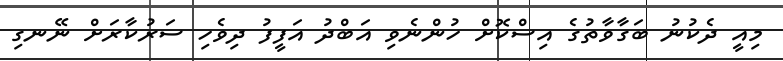
މިއީ ދެކުނު ބަގާވާތުގެ އިސްކޮށް ހުންނެވި އަބްދު އަފީފު ދިވެހި ސަރުކާރަށް ނޭނގި